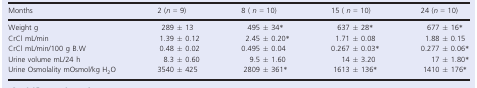
| Months | 2 (n = 9) | 8 ( n = 10) | 15 ( n = 10) | 24 (n = 10) |
 | --- | --- | --- | --- | --- |
 | Weight g | 289 ± 13 | 495 ± 34* | 637 ± 28* | 677 ± 16* |
 | CrCl mL/min | 1.39 ± 0.12 | 2.45 ± 0.20* | 1.71 ± 0.08 | 1.88 ± 0.15 |
 | CrCl mL/min/100 g B.W | 0.48 ± 0.02 | 0.495 ± 0.04 | 0.267 ± 0.03* | 0.277 ± 0.06* |
 | Urine volume mL/24 h | 8.3 ± 0.60 | 9.5 ± 1.60 | 14 ± 3.20 | 17 ± 1.80* |
 | Urine Osmolality mOsmol/kg H2O | 3540 ± 425 | 2809 ± 361* | 1613 ± 136* | 1410 ± 176* |